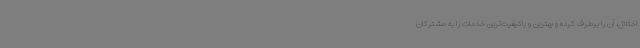
اختلال، آن را برطرف کرده و بهترین و باکیفیت‌ترین خدمات را به مشترکان